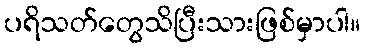
ပရိသတ်တွေသိပြီးသားဖြစ်မှာပါ။